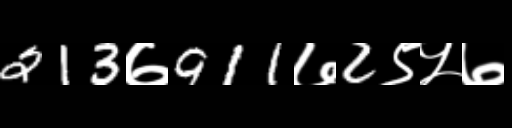
Text: 213७911७2९५७